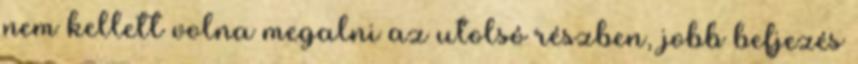
nem kellett volna megalni az utolsó részben, jobb befjezés